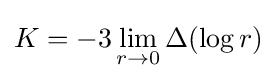
K=-3\lim _{r\rightarrow 0}\Delta (\log r)